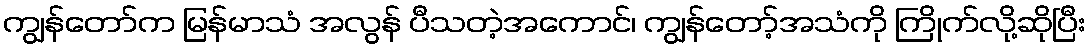
ကျွန်တော်က မြန်မာသံ အလွန် ပီသတဲ့အကောင်၊ ကျွန်တော့်အသံကို ကြိုက်လို့ဆိုပြီး